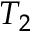
T _ { 2 }